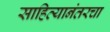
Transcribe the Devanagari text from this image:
साहित्यानंतरचा